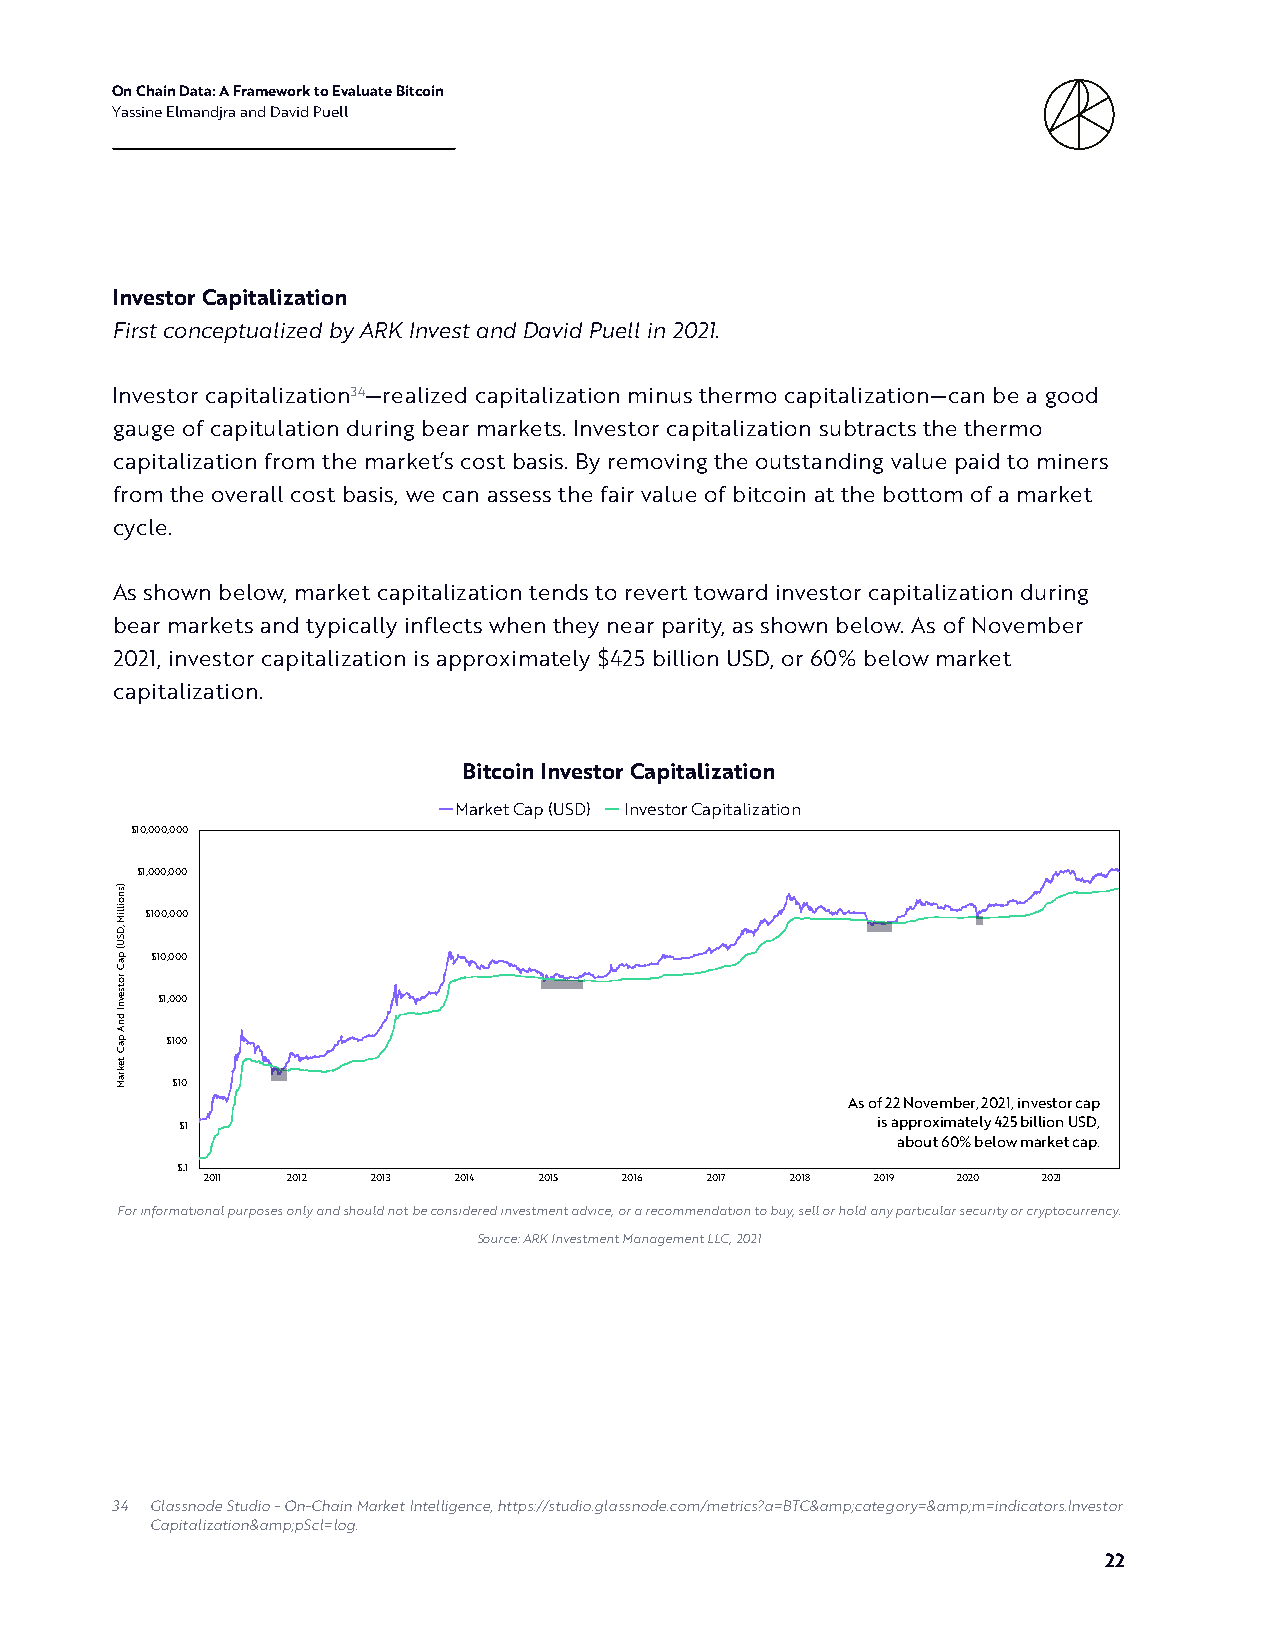
On Chain Data: A Framework to Evaluate Bitcoin
 Yassine Elmandjra and David Puell
 Investor Capitalization
 First conceptualized by ARK Invest and David Puell in 2021.
 Investor capitalization34—realized capitalization minus thermo capitalization—can be a good
 gauge of capitulation during bear markets. Investor capitalization subtracts the thermo
 capitalization from the market’s cost basis. By removing the outstanding value paid to miners
 from the overall cost basis, we can assess the fair value of bitcoin at the bottom of a market
 cycle.
 As shown below, market capitalization tends to revert toward investor capitalization during
 bear markets and typically inflects when they near parity, as shown below. As of November
 2021, investor capitalization is approximately $425 billion USD, or 60% below market
 capitalization.
 Bitcoin Investor Capitalization
 Market Cap (USD) Investor Capitalization
 $10,000,000
 $1,000,000
 $100,000
 $10,000
 $1,000
 $100
 $10
 As of 22 November, 2021, investor cap
 $1                                            is approximately 425 billion USD,
 about 60% below market cap.
 $.1
 2011  2012  2013 2014  2015 2016  2017 2018  2019 2020  2021
 For informational purposes only and should not be considered investment advice, or a recommendation to buy, sell or hold any particular security or cryptocurrency.
 Source: ARK Investment Management LLC, 2021
 34 Glassnode Studio - On-Chain Market Intelligence, https://studio.glassnode.com/metrics?a=BTC&amp;category=&amp;m=indicators.Investor
 Capitalization&amp;pScl=log.
 22
 )snoilliM
 ,DSU(
 paC
 rotsevnI
 dnA
 paC
 tekraM